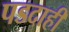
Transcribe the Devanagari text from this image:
पडदाही